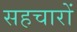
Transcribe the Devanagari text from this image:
सहचारों